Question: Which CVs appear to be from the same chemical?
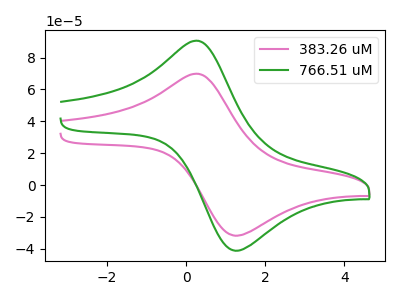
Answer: <think>The pink curve "383.26 uM" has an anodic peak at (0.30V, 69.85uA) and a cathodic peak at (1.25V, -31.80uA). The green curve "766.51 uM" has an anodic peak at (0.30V, 90.60uA) and a cathodic peak at (1.25V, -41.25uA).
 All the peaks in "383.26 uM" have a peak in "766.51 uM" at the same potential. Every peak in "383.26 uM" is lower than every peak in "766.51 uM".</think>
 <answer>"383.26 uM" and "766.51 uM" have the same shape and are likely CV's of the same chemical.</answer>
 <eval>"383.26 uM" "766.51 uM"</eval>